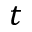
t